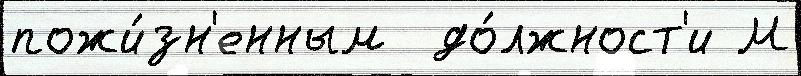
пожи́зн'енным  до́лжност'и М